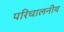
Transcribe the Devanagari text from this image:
परिचालनीय